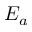
E _ { a }